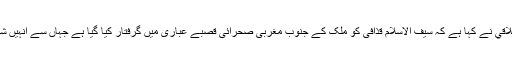
عبوری کونسل کے وزیر انصاف محمد العلاقي نے کہا ہے کہ سیف الاسلام قذافی کو ملک کے جنوب مغربی صحرائی قصبے عباری میں گرفتار کیا گیا ہے جہاں سے انہیں شمالی لیبیا میں زنتان نامی شہر لایا گیا ہے۔